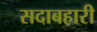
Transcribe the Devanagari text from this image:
सदाबहारी